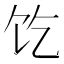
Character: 𱃱